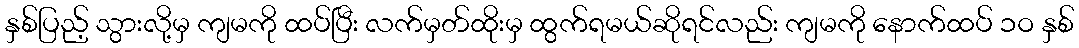
နှစ်ပြည့် သွားလို့မှ ကျမကို ထပ်ပြီး လက်မှတ်ထိုးမှ ထွက်ရမယ်ဆိုရင်လည်း ကျမကို နောက်ထပ် ၁ဝ နှစ်